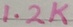
Text: 1.2K